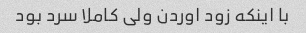
با اینکه زود اوردن ولی کاملا سرد بود